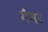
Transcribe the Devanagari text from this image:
गैमर